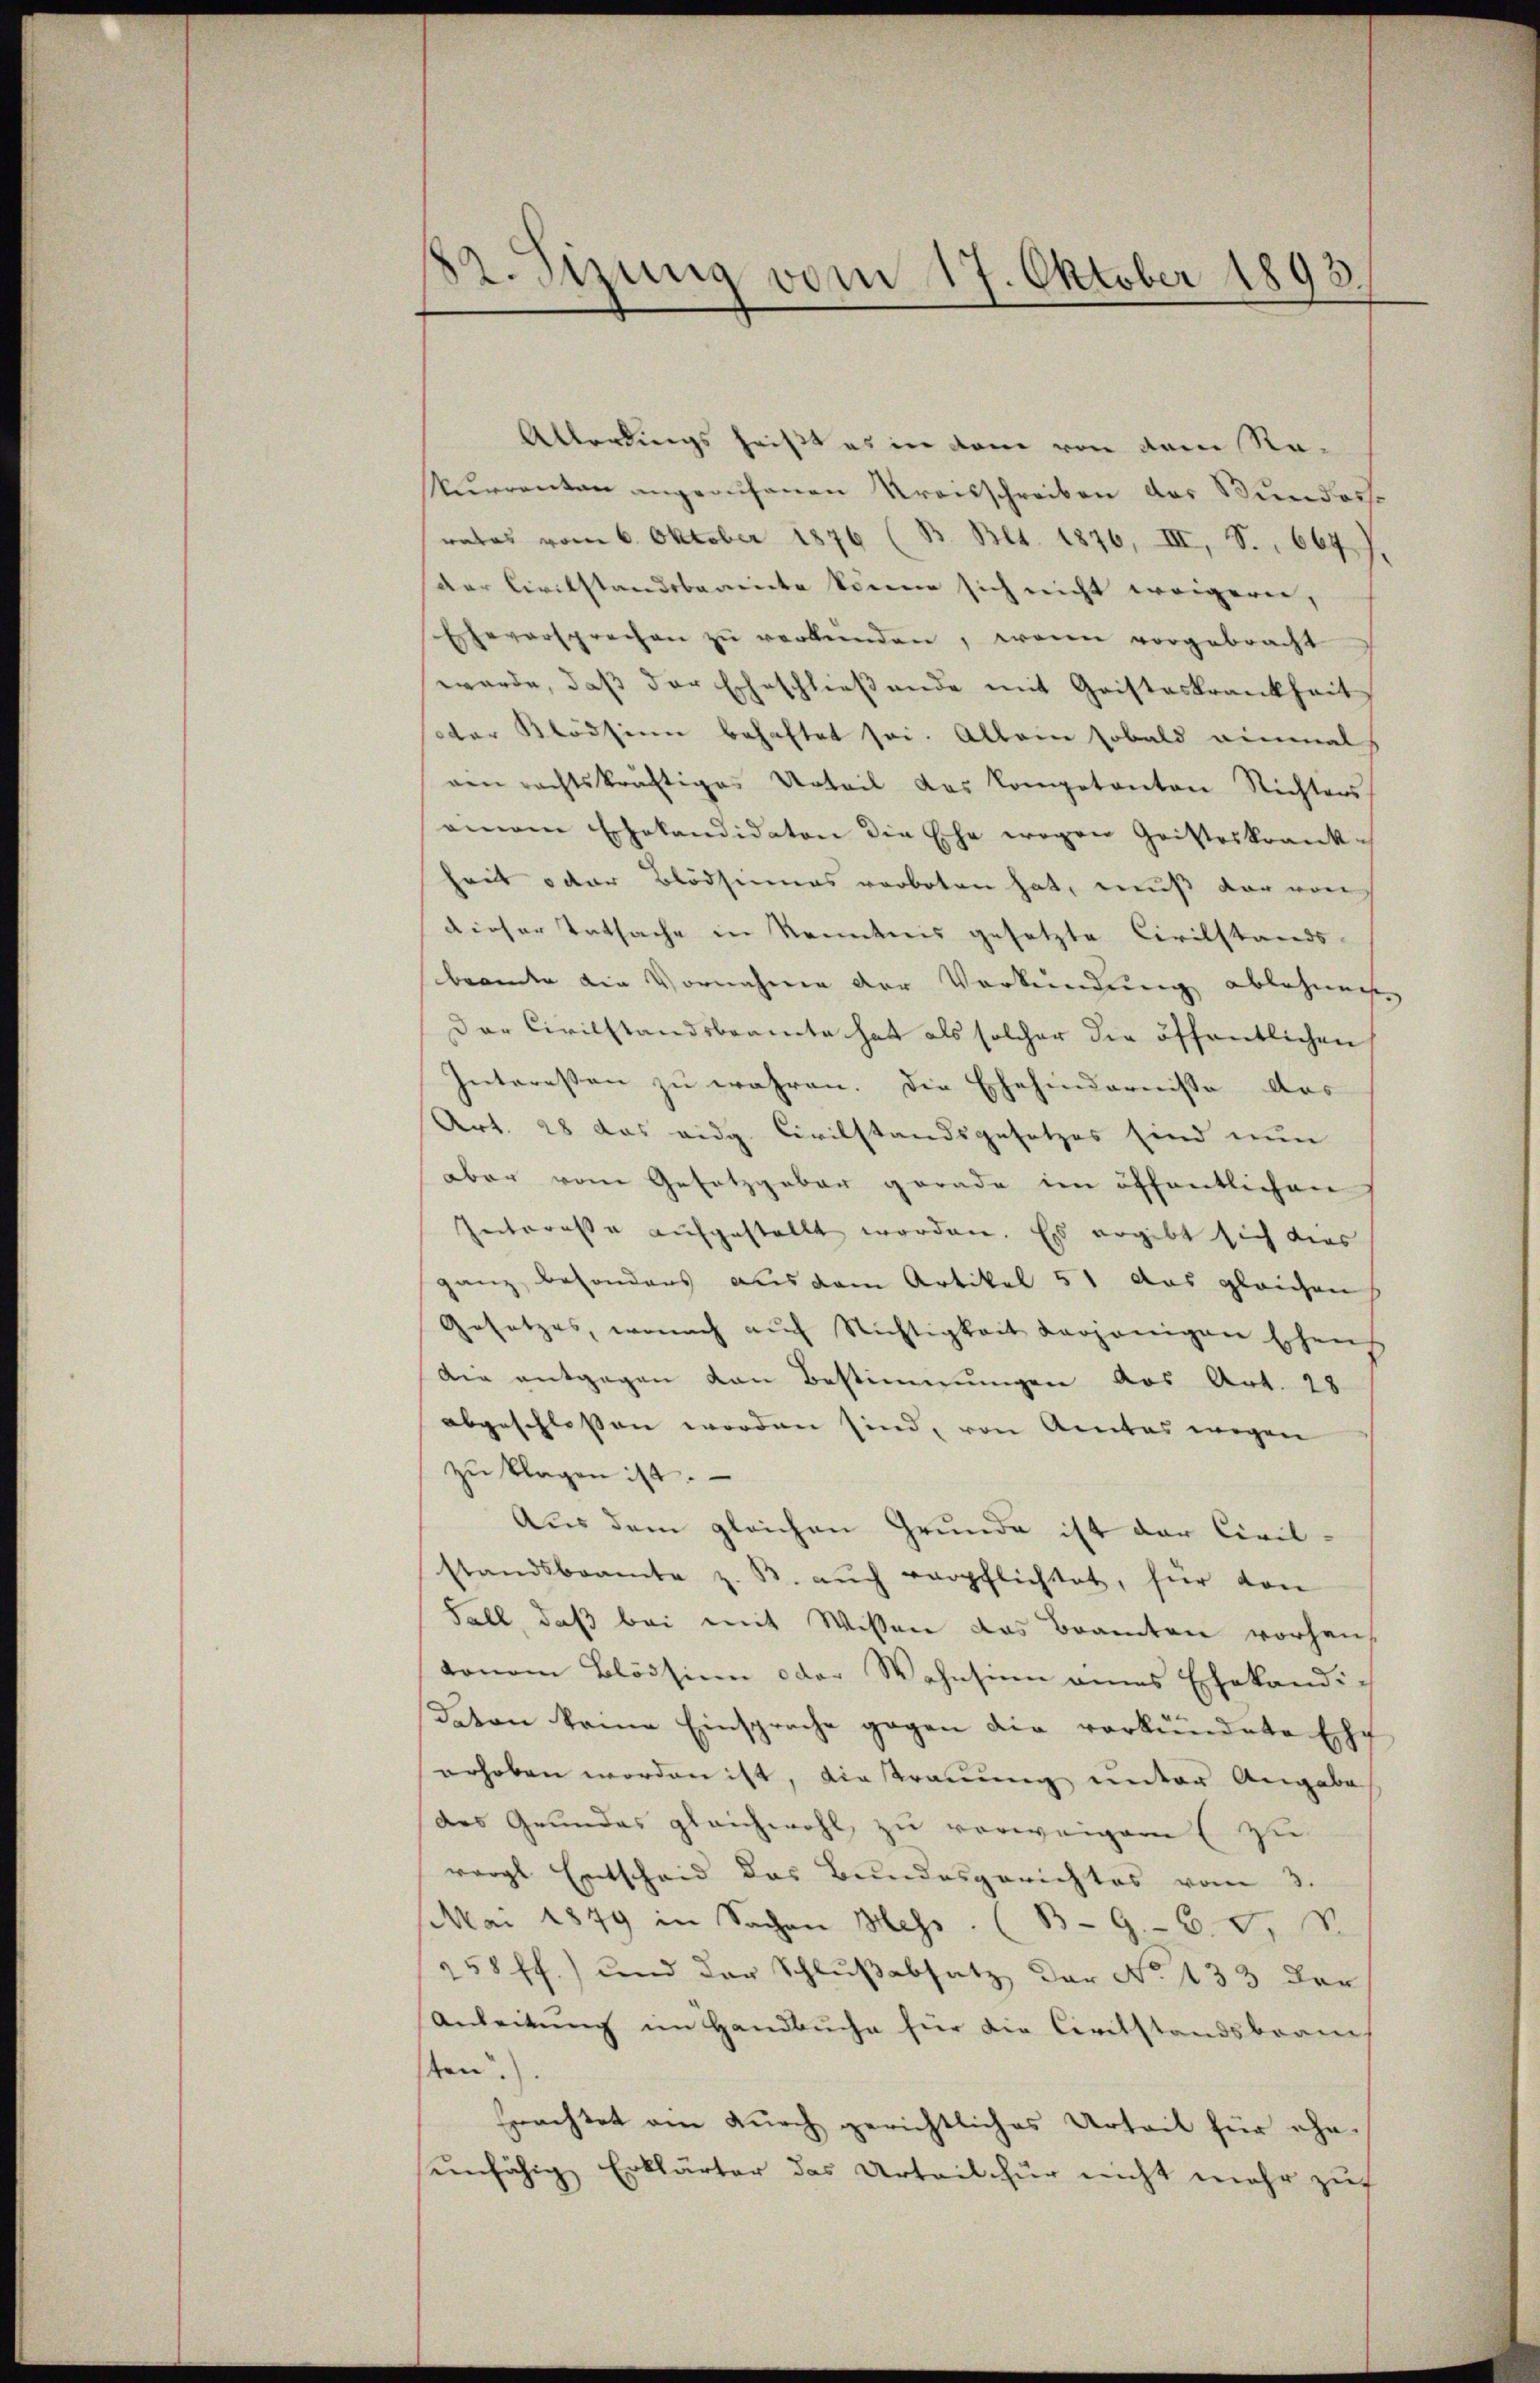
82. Sizung vom 17. Oktober 1893

Allerdings heißt es in dem von dem Ra-
Kurrenten angerufenen Kreisschreiben des Bundersrates vom 6. Oktober 1876 (B. Bl. 1876, III, S. 664
der Civilstandsbarente könne sich nicht weigeren,
Eheversprechen zŭ verbunden, wenn vorgebracht
wurde, daß der Eheschließende mit Geisteskrankheit
soter Klödsinn behaftet sei. Allein sobald einmal
ein rechtskräftiges Urteil das Kompetanton Richters
ainem Erhakandidaten die Ehe wegen Geisteskrank-
heit oder Blödsinnes verboten hat, muß der von
dieser Tatsache in Kenntnis gesetzte Civilstands-
brandte die Vornahme der Verkendung ablehnen
Der Civilstandsbeamte hat als solcher die öffentlichen
Interessen zu wahren. Die Ehehindernisse das
Art. 28 das eidg. Civilstandsgesetzes sind nun
aber vom Gesetzgeber gerade im öffentlichen
Interesse aufgestellt worden. Es ergibt sich dies
ganz besonders aus dem Artikel 51 aus gleichen
Gesetzes, wonach auf Nichtigkeit derjenigen Eschens
Die entgegen von Bestimmungen aus Art. 28
abgeschlossen worden sind, von Amtes wegen
zŭ klagen ist.
Aus dem gleichen Grunde ist der Civil-
standsbeamte z. B. aŭch verpflichtet, für von
Fall, daß bei mit Wissen das Beamten vorhankonom Blödsinn oder Wohnsinn annes Ehekandidaton keine Einsprache gegen die verkündete Ehe
erhoben worden ist, die trauung unter Angabe
des Grundes gleichwohl zu verweigen zu
vergl Entscheid des Bundesgerichtes vom 3.
Mai 1849 in Sachen Mess. (B-9.- 6. v. V.
258 ff.) und der Schlußabsatz der No 133 der
Anleitung im Handbuche für die Civilstandsbrauch
sten.
feachtet ein durch gerichtliches Urteil für ehe
einfähig Erklärter das Urteilhur nicht mehr zuf